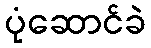
ပုံဆောင်ခဲ